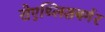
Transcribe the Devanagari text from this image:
रोएथ्लिशबर्गर